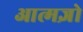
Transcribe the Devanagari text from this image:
आत्मज्ञो